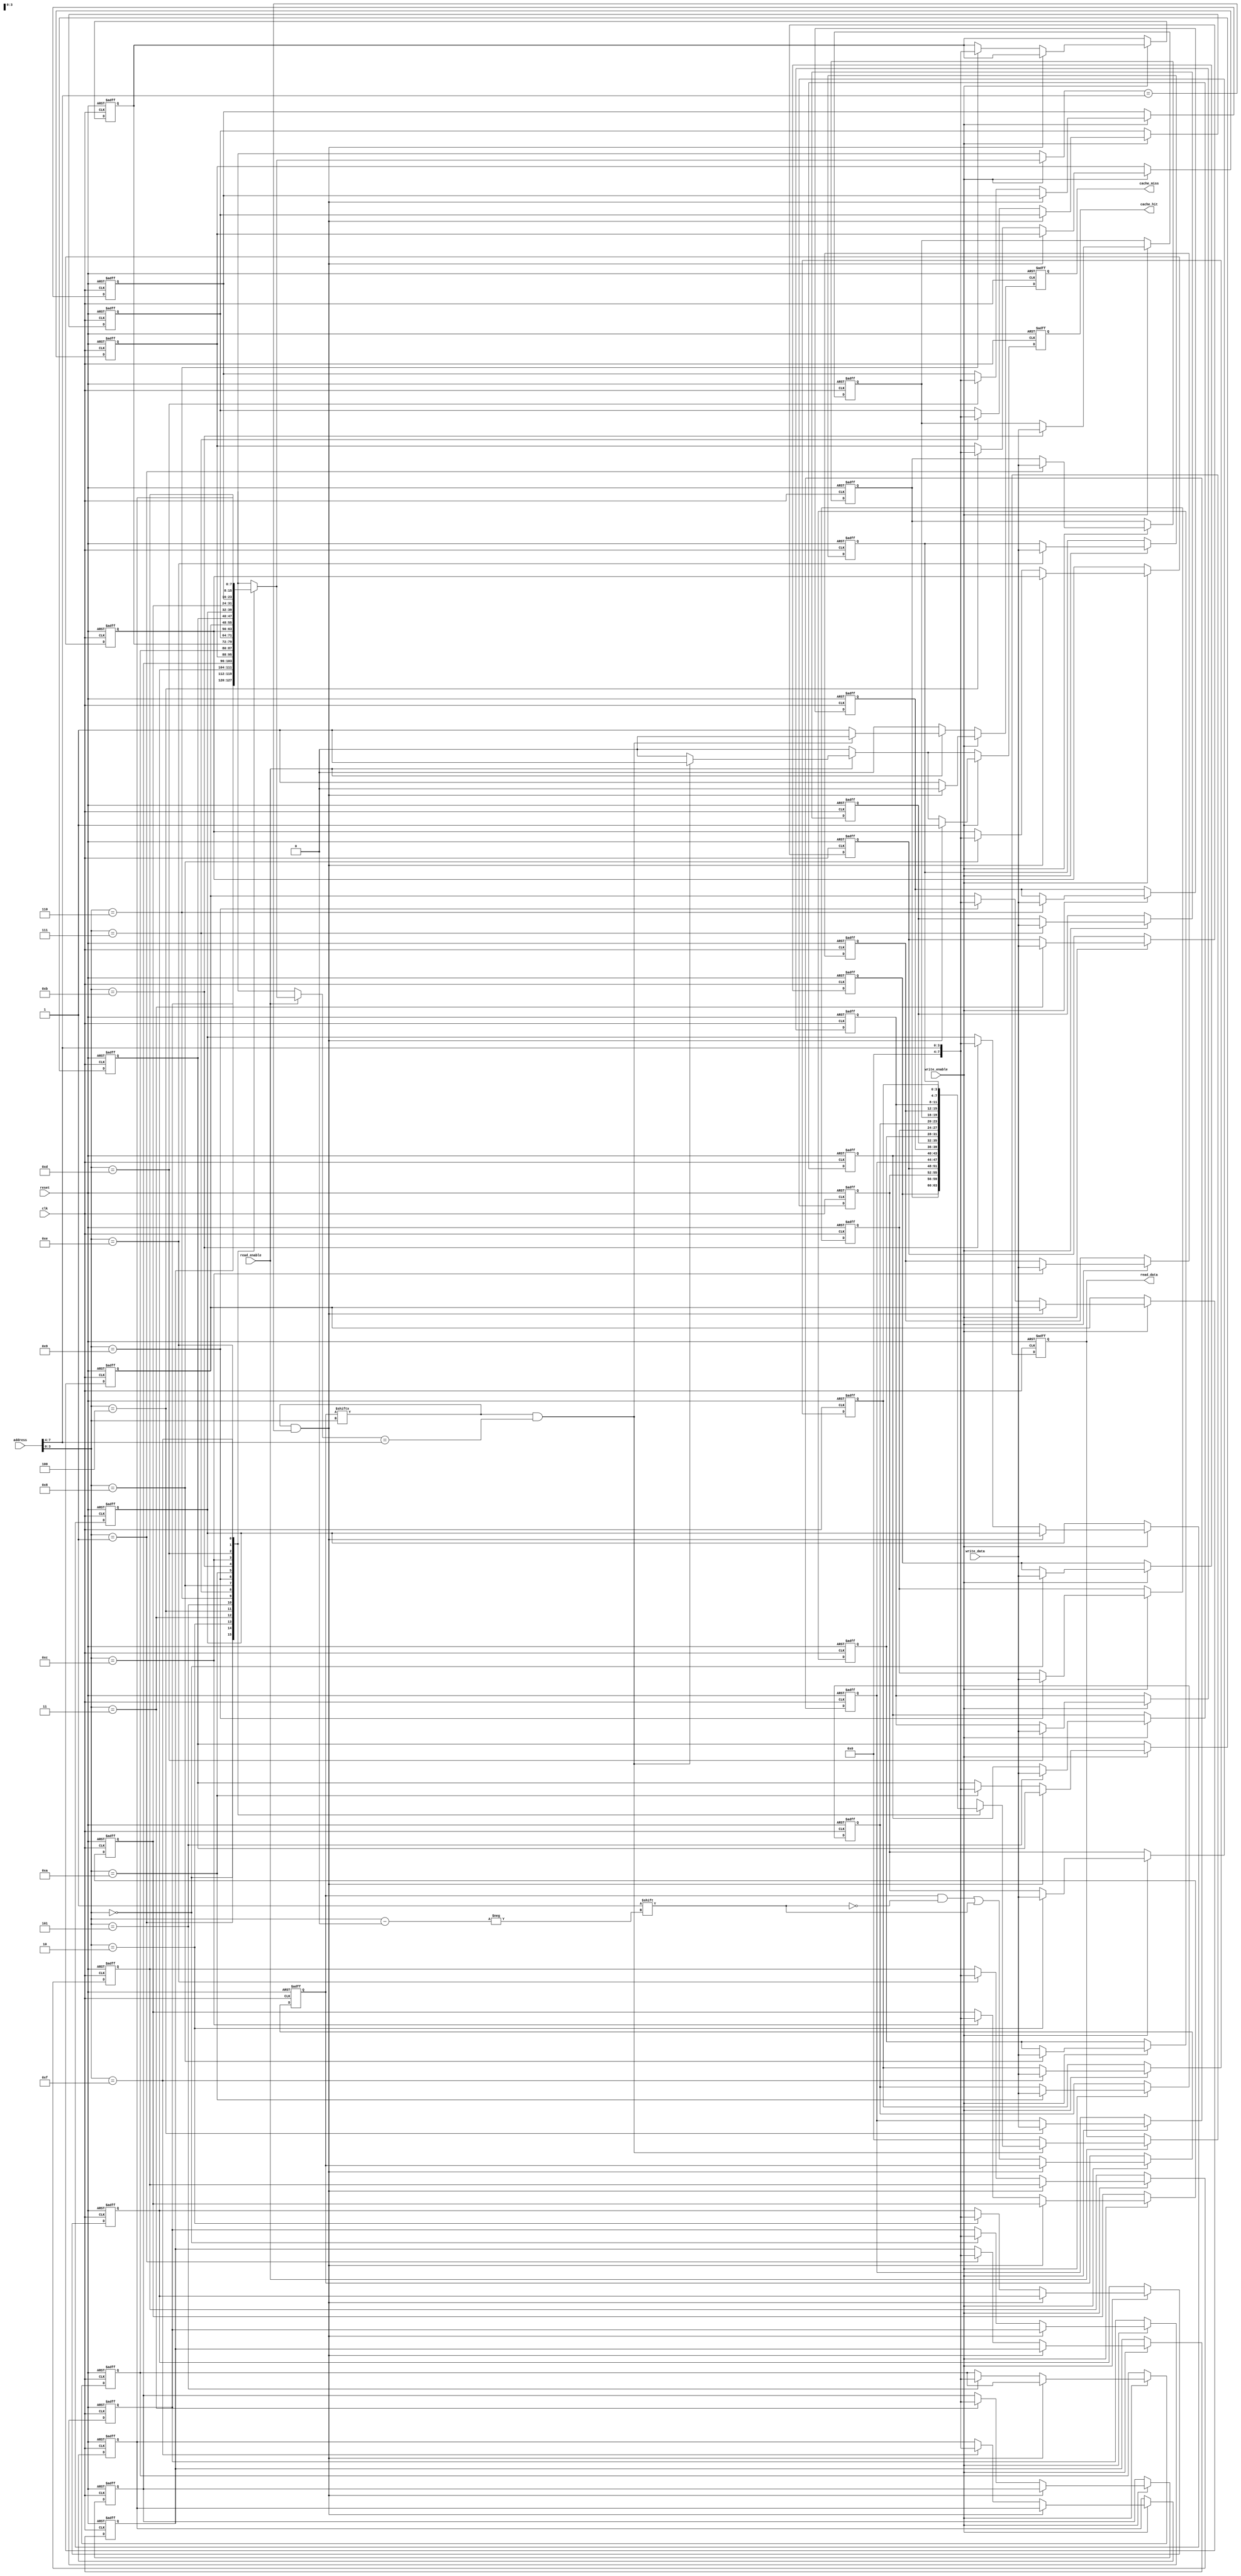
module WriteBackCache #(parameter CACHE_SIZE = 16, // Number of cache lines
                        parameter LINE_SIZE = 4,  // Bytes per cache line
                        parameter ADDR_WIDTH = 8) // Address width
(
    input wire clk,
    input wire reset,
    
    input wire read_enable,
    input wire write_enable,
    input wire [ADDR_WIDTH-1:0] address,
    input wire [LINE_SIZE-1:0] write_data,
    
    output reg [LINE_SIZE-1:0] read_data,
    output reg cache_hit,
    output reg cache_miss
);

// Cache memory and other relevant state variables
reg [LINE_SIZE-1:0] cache_data [0:CACHE_SIZE-1];
reg [ADDR_WIDTH-1:0] tags [0:CACHE_SIZE-1];
reg dirty_bits [0:CACHE_SIZE-1];
reg [CACHE_SIZE-1:0] valid_bits;

// Cache replacement policy (simple round-robin or LRU can be added here)
integer i;

// Address breakdown
wire [ADDR_WIDTH-1:0] tag = address[ADDR_WIDTH-1:ADDR_WIDTH-$clog2(CACHE_SIZE)];
wire [$clog2(CACHE_SIZE)-1:0] index = address[$clog2(CACHE_SIZE)-1:0];

always @(posedge clk or posedge reset) begin
    if (reset) begin
        // Reset all cache lines
        for (i = 0; i < CACHE_SIZE; i = i + 1) begin
            cache_data[i] <= {LINE_SIZE{1'b0}};
            tags[i] <= {ADDR_WIDTH{1'b0}};
            dirty_bits[i] <= 1'b0;
            valid_bits[i] <= 1'b0;
        end
        cache_hit <= 1'b0;
        cache_miss <= 1'b0;
        read_data <= {LINE_SIZE{1'b0}};
    end else begin
        cache_hit <= 1'b0;
        cache_miss <= 1'b0;
        
        // ** Read Operation **
        if (read_enable) begin
            if (valid_bits[index] && (tags[index] == tag)) begin
                // Cache hit
                read_data <= cache_data[index];
                cache_hit <= 1'b1;
                cache_miss <= 1'b0;
            end else begin
                // Cache miss, need to fetch data from main memory (not implemented here)
                cache_miss <= 1'b1;
                read_data <= {LINE_SIZE{1'b0}}; // Placeholder for data loaded from main memory
                // Load data into cache (must handle eviction if necessary)
                // In a real design, you should also implement main memory read and possibly write back
            end
        end

        // ** Write Operation **
        if (write_enable) begin
            if (valid_bits[index] && (tags[index] == tag)) begin
                // Cache hit on write
                cache_data[index] <= write_data;
                dirty_bits[index] <= 1'b1; // Set dirty bit
                cache_hit <= 1'b1;
                cache_miss <= 1'b0;
            end else begin
                // Cache miss on write
                cache_miss <= 1'b1;
                // Fetch the required cache line from main memory (not implemented here)
                // Write the new data into the cache and set the dirty bit
                cache_data[index] <= write_data;
                tags[index] <= tag; // Update tag
                dirty_bits[index] <= 1'b1; // Set dirty bit
                valid_bits[index] <= 1'b1; // Set valid bit
            end
        end
    end
end

// Additional logic for handling dirty bits on eviction can be implemented here

endmodule